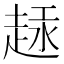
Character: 𫎶